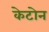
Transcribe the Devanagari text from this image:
केटोन